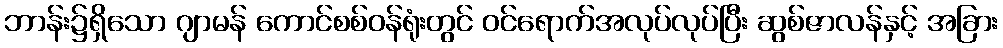
ဘာန်း၌ရှိသော ဂျာမန် ကောင်စစ်ဝန်ရုံးတွင် ဝင်ရောက်အလုပ်လုပ်ပြီး ဆွစ်ဇာလန်နှင့် အခြား